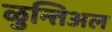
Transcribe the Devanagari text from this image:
ळुन्तिअल